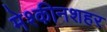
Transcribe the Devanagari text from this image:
मेश्कीनशहर